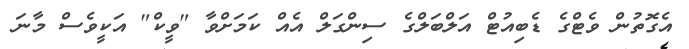
އެގޮތުން ވެޓްގެ ޑެބިއުޓް އަލްބަލްގެ ސިންގަލް އެއް ކަމަށްވާ "ވީކް" އަކީވެސް މާނަ